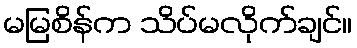
မမြစိန်က သိပ်မလိုက်ချင်။